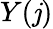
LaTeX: Y(\mathit{j})